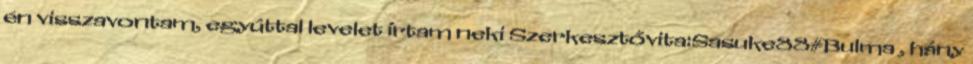
én visszavontam, egyúttal levelet írtam neki Szerkesztővita:Sasuke88#Bulma , hány